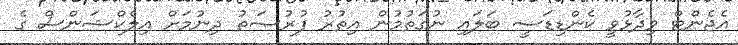
އެޖެންޓް ވިދާޅުވީ ކެންޑިޑަސީ ބަލައި ނުގަތުމުން އިތުރު ފުރުޞަތު ދިނުމަށް އިލެކްޝަންސް ގެ